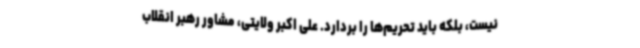
نیست، بلکه باید تحریم‌ها را بردارد. علی اکبر ولایتی، مشاور رهبر انقلاب